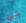
شئ